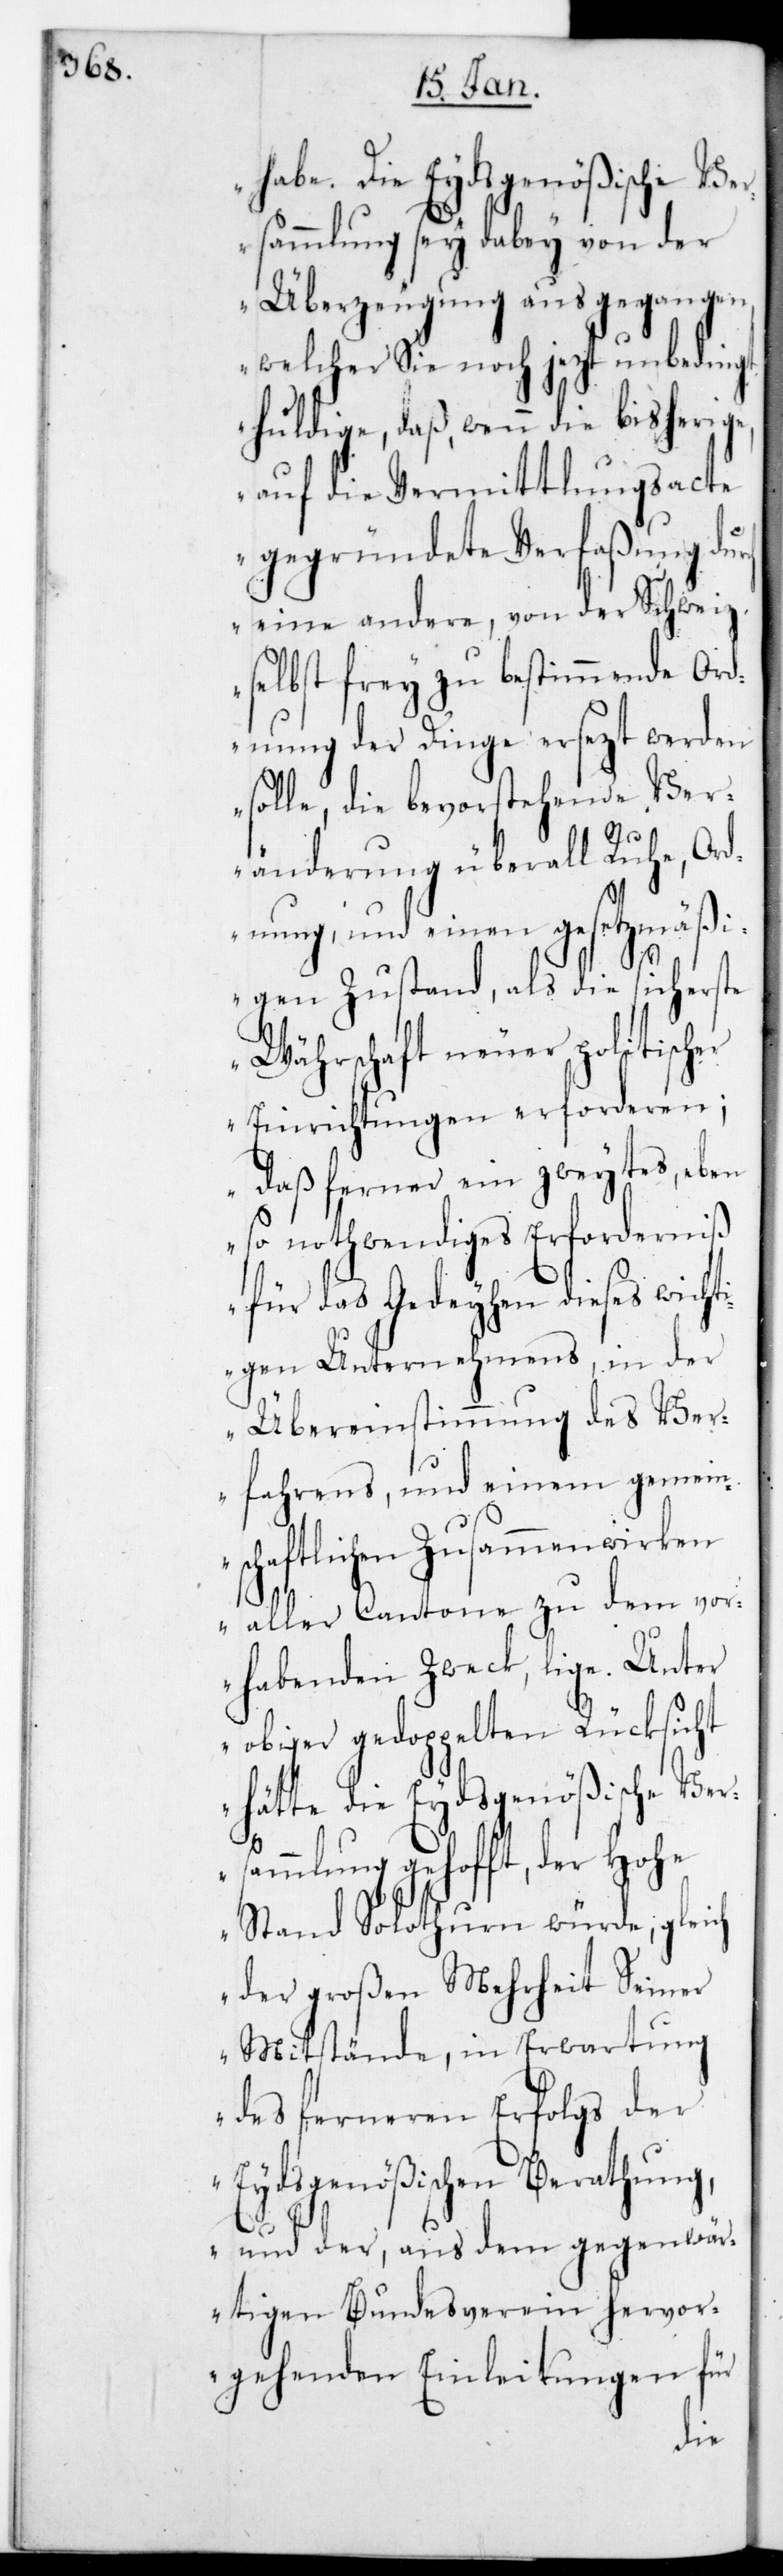
habe. Die Eydsgenößische Ve¬
rsammlung sei dabey von der
Überzeugung ausgegangen,
welcher sie noch jetzt unbedingt
huldige, daß wenn die bisherige,
auf die Vermittlungsacte
gegründete Verfaßung du¬
eine andere, von der Schweiz
selbst frey zu bestimmende Ord¬
nung der Dinge ersetzt werden
solle, die bevorstehende Ver¬
änderung überall Ruhe, Ord¬
nung, und einen gesetzmäßi¬
rch
gen Zustand, als die sicherste
Währschaft neuer politischer
Einrichtungen erforderen;
daß ferner ein zweytes eben¬
so nothwendiges Erforderniß
für das Gedeihen dieses wicht¬
igen Unternehmens, in der
Übereinstimmung des Ver¬
fahrens, und einem gemein¬
schaftlichen Zusammenwirken
aller Cantone zu dem vor¬
habenden Zweck liege. Unter
obiger gedoppelten Rücksicht
hätte die Eydsgenößische Ver¬
sammlung gehofft, der Hohe
Stand Solothurn würde, gleich
der großen Mehrheit seiner
Mitstände, in Erwartung
des ferneren Erfolgs der
Eydsgenößischen Berathung,
und der, aus dem gegenwär¬
tigen Bundesverein hervor¬
gehenden Einleitungen für